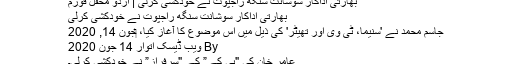
بھارتی اداکار سوشانت سنگھ راجپوت نے خودکشی کرلی | اردو محفل فورم
بھارتی اداکار سوشانت سنگھ راجپوت نے خودکشی کرلی
جاسم محمد نے 'سنیما، ٹی وی اور تھیٹر' کی ذیل میں اس موضوع کا آغاز کیا، ‏جون 14, 2020
By ویب ڈیسک اتوار 14 جون 2020
عامر خان کی "پی کے” کے "سرفراز” نے خودکشی کرلی۔